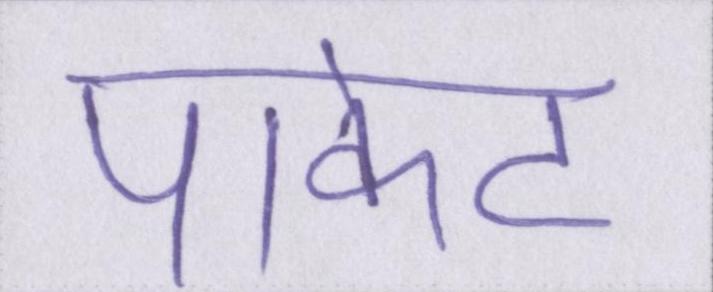
पाकेट